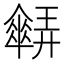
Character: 𠑋